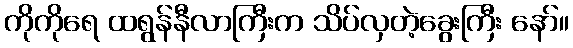
ကိုကိုရေ ထရွန်နီလာကြီးက သိပ်လှတဲ့ခွေးကြီး နော်။